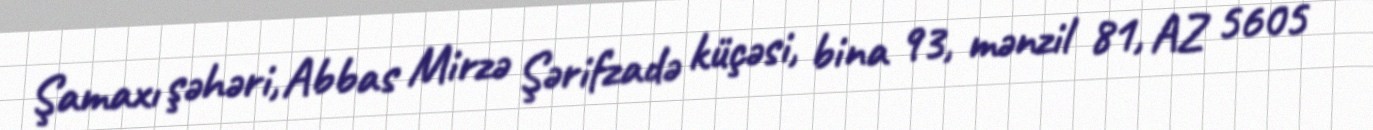
Şamaxı şəhəri, Abbas Mirzə Şərifzadə küçəsi, bina 93, mənzil 81, AZ 5605